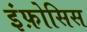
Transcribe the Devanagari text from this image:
इंफ़ोसिस